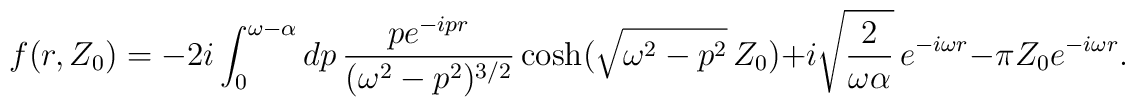
f (r, Z_0) = - 2 i \int_0^{\omega - \alpha} d p \, \frac{p e^{- i p r}}{(\omega^2 - p^2)^{3 / 2}} \cosh (\sqrt{\omega^2 - p^2} \, Z_0) + i \sqrt{\frac{2}{\omega \alpha}} \, e^{- i \omega r} - \pi Z_0 e^{- i \omega r} .